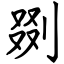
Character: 剟